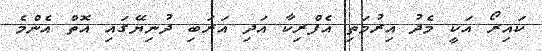
ކައިރޯ އަކީ މެދު އިރުމަތި އެފްރިކާ އަދި އަރަބި ދުނިޔޭގައި އޮތް އެންމެ